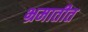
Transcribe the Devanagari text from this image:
भ्रमातीत